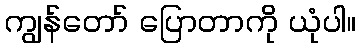
ကျွန်တော် ပြောတာကို ယုံပါ။